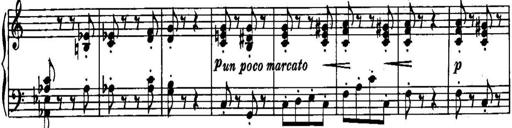
Title: Piano Sonatina No.1, Op.146
Composer: Stephen Heller